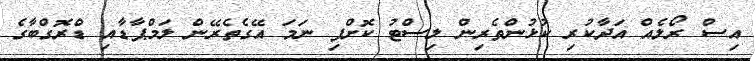
އިސް ރޯލެއް އަދާކުރި ކުޅުންތެރިން ލިސްޓު ކޮށްފި ނަމަ އޭގެތެރޭން ލަމްޕާޑާއި ޑްރޮގްބާގެ